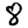
Digit: 8